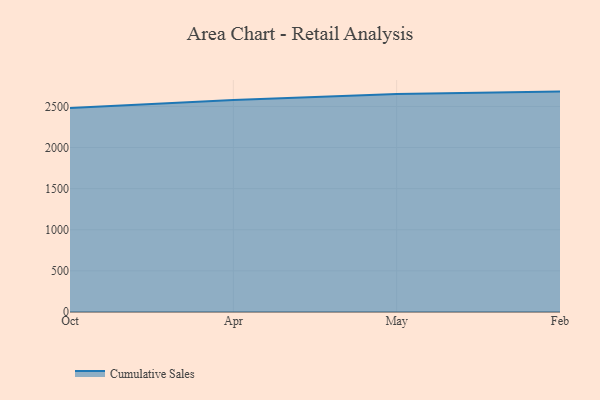
{"axis": {"x": "Month", "y": "Energy Usage (MWh)"}, "legend": ["Cumulative Sales"], "data": [{"x": "Oct", "y": 2481.0, "type": "Cumulative Sales"}, {"x": "Apr", "y": 2578.5, "type": "Cumulative Sales"}, {"x": "May", "y": 2651.1, "type": "Cumulative Sales"}, {"x": "Feb", "y": 2680.2, "type": "Cumulative Sales"}]}